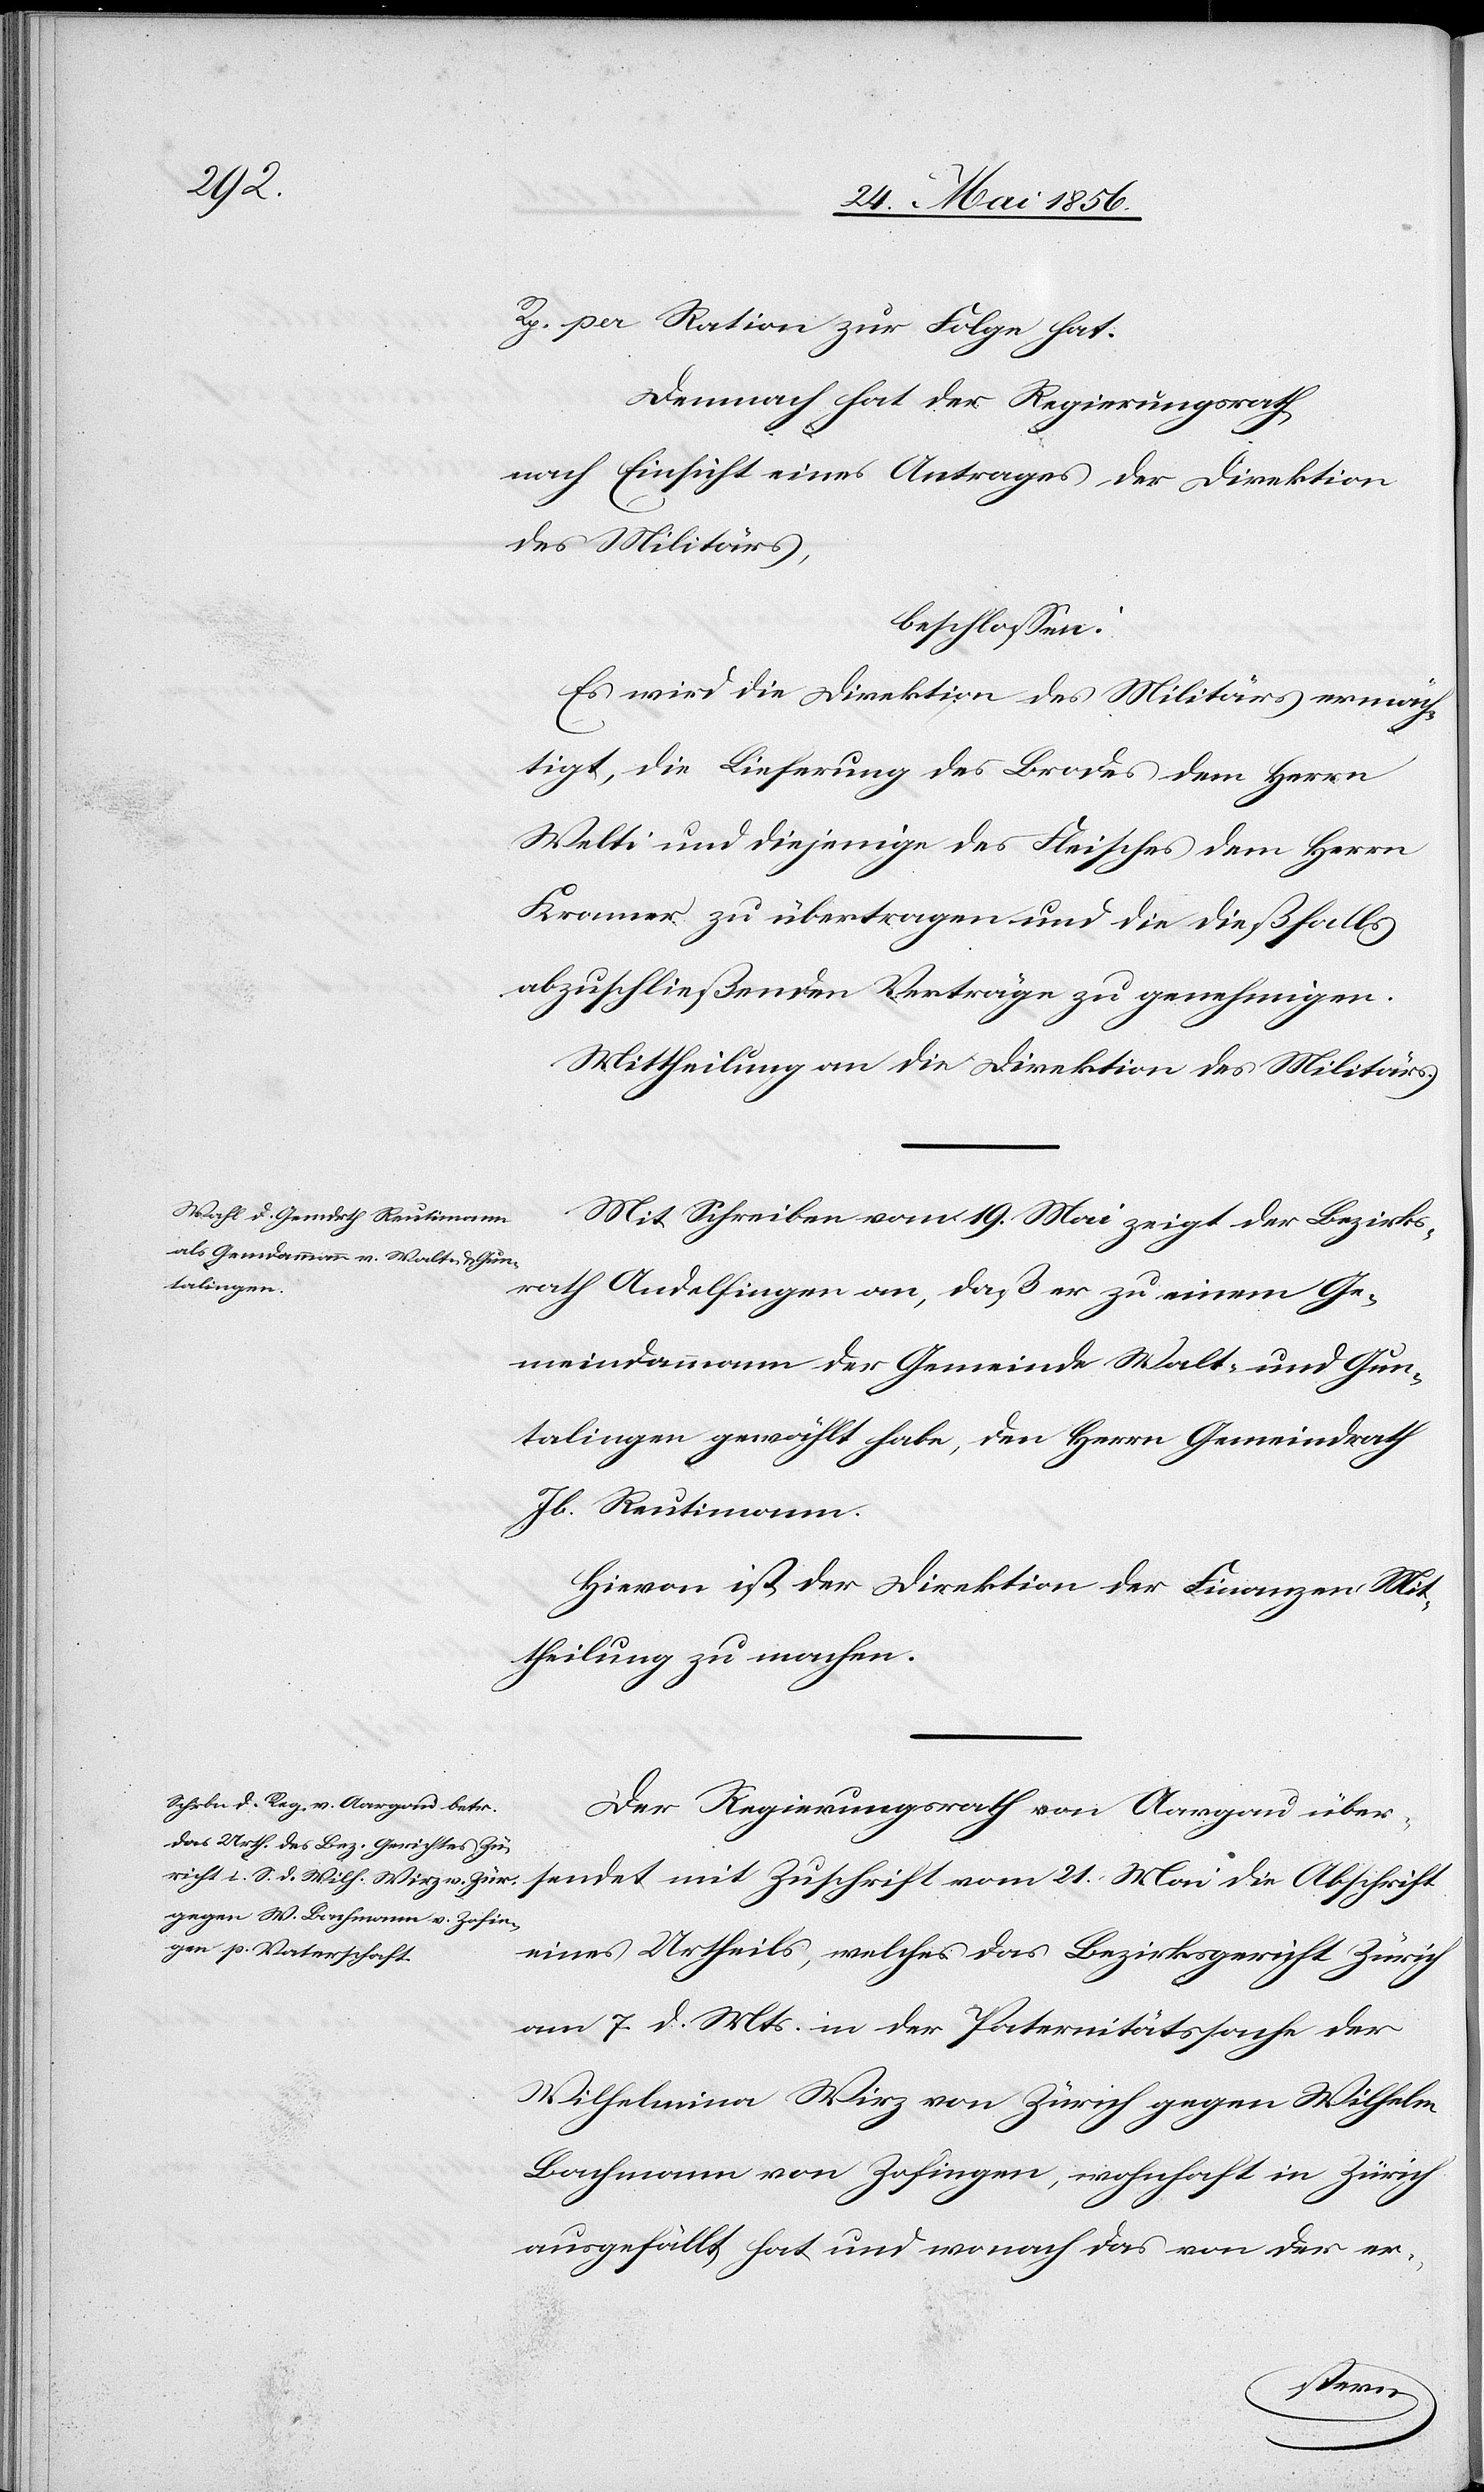
Rp. per Ration zur Folge hat.
Demnach hat der Regierungsrath,
nach Einsicht eines Antrages der Direktion
des Militärs,
beschlossen:
Es wird die Direktion des Militärs ermäch¬
tigt, die Lieferung des Brodes dem Herrn
Welti und diejenige des Fleisches dem Herrn
Kramer zu übertragen und die dießfalls
abzuschließenden Verträge zu genehmigen.
Mittheilung an die Direktion des Militärs.
Mit Schreiben vom 19. Mai zeigt der Bezirks¬
rath Andelfingen an, daß er zu einem Ge¬
meindeammann der Gemeinde Walt- und Gun¬
talingen gewählt habe, den Herrn Gemeindrath
Jb. Reutimann.
Hievon ist der Direktion der Finanzen Mit¬
theilung zu machen.
Der Regierungsrath von Aargau über¬
sendet mit Zuschrift vom 21. Mai die Abschrift
eines Urtheils, welches das Bezirksgericht Zürich
am 7. d. Mts. in der Paternitätssache der
Wilhelmina Wirz von Zürich gegen Wilhelm
Bachmann von Zofingen, wohnhaft in Zürich
ausgefällt hat und wonach das von der er-